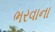
ભરવાના